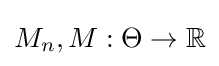
M_{n},M:\Theta \rightarrow \mathbb {R}